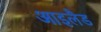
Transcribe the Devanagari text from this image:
आइलैड